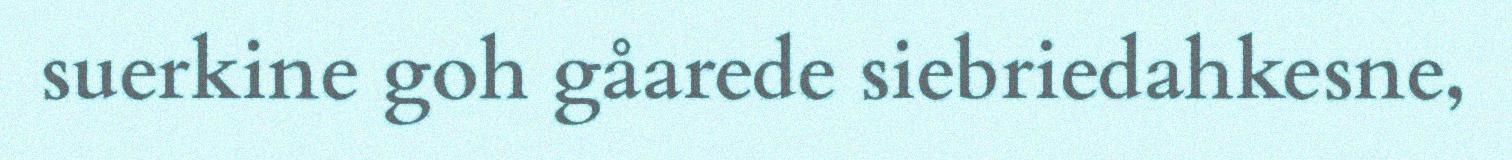
suerkine goh gåarede siebriedahkesne,